Vaccination in Bombay 1913-1923 - 1913-1923
Year: 1913
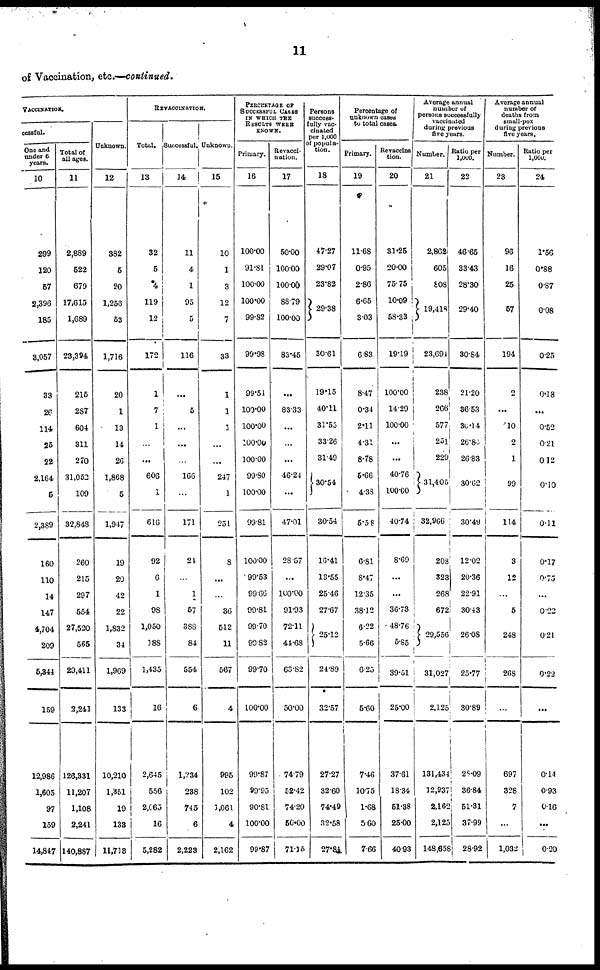
11
of Vaccination, etc.—continued.
VACCINATION.
cessful.
One and
under 6
years.
10
299
120
57
2,396
185
3,057
33
26
114
25
22
2,164
5
2,389
160
110
14
147
4,704
209
5,344
159
12,986
1,605
97
159
14,847
Total of
all ages.
11
2,889
522
679
17,615
1,689
23,394
215
287
604
311
270
31,052
109
32,848
260
215
297
554
27,520
565
29,411
2,241
126,331
11,207
1,108
2,241
140,887
Unknown.
12
382
5
20
1,256
53
1,716
20
1
13
14
26
1,868
5
1,947
19
20
42
22
1,832
34
1,969
133
10,210
1,351
19
133
11,713
REVACCINATION.
Total.
13
32
5
4
119
12
172
1
7
1
...
...
606
1
616
92
6
1
98
1,050
188
1,435
16
2,645
556
2,065
16
5,282
Successful.
14
11
4
1
95
5
116
...
5
...
...
...
166
...
171
24
...
1
57
38S
84
554
6
1,234
238
745
6
2,223
Unknown.
15
10
1
3
12
7
33
1
1
1
...
...
247
1
251
8
...
...
36
512
11
567
4
995
102
1,061
4
2,162
PERCENTAGE OF
SUCCESSFUL CASES
IN WHICH THE
RESULTS WERE
KNOWN.
Primary.
16
100.00
91.81
100.00
100.00
99.82
99.98
99.54
100.00
100.00
100.00
100.00
99.80
100.00
99.81
100.00
99.53
99.66
99.81
99.70
99.82
99.70
100.00
99.87
99.95
90.81
100.00
99.87
Revacci-
nation.
17
50.00
100.00
100.00
88.79
100.00
83.45
...
83.33
...
...
...
46.24
...
47.01
28.57
...
100.00
91.93
72.11
44.68
63.82
50.00
74.79
52.42
74.20
50.00
71.15
Persons
success-
fully vac-
cinated
per 1,000
of popula-
tion.
18
47.27
29.07
23.82
29.38
30.61
19.15
40.11
31.55
33.26
31.49
30.54
30.54
16.41
13.55
25.46
27.67
25.12
24.89
32.57
27.27
32.60
74.49
32.58
27.84
Percentage of
unknown cases
to total cases.
Primary.
19
11.68
0.95
2.86
6.65
3.03
6.83
8.47
0.34
2.11
4.31
8.78
5.66
4.38
5.58
6.81
8.47
12.35
38.12
6.22
5.66
6.25
5.60
7.46
10.75
1.68
5.00
7.66
Revaccina
tion.
20
31.25
20.00
75.75
10.09
58.33
19.19
100.00
14.29
100.00
...
...
40.76
100.00
40.74
8.69
...
...
36.73
48.76
5.85
39.51
25.00
37.61
18.34
51.38
25.00
40.93
Average annual
number of
persons successfully
vaccinated
during previous
five years.
Number.
21
2,862
605
808
19,418
23,694
238
266
577
251
229
31,405
32,966
208
323
268
672
29,556
31,027
2,125
131,434
12,937
2,162
2,125
148,658
Ratio per
1,000.
22
46.65
33.43
28.30
29.40
30.84
21.20
36.53
36.14
26.84
26.83
30.62
30.49
12.02
20.36
22.91
30.43
26.08
25.77
30.89
28.09
36.84
51.31
37.99
28.92
Average annual
number of
deaths from
small-pox
during previous
five years.
Number.
23
96
16
25
57
194
2
...
10
0
1
99
114
3
12
...
5
248
268
...
697
328
7
...
1,032
Ratio per
1,000.
24
1.56
0.88
0.87
0.08
0.25
0.18
...
0.52
0.21
0.12
0.10
0.11
0.17
0.75
...
0.22
0.21
0.22
...
0.14
0.93
0.16
...
0.20